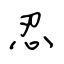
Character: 忍